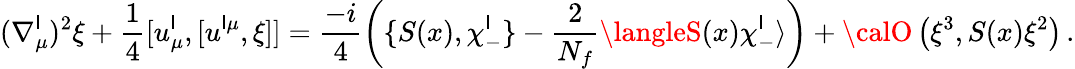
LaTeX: (\nabla_{\mu}^{\mathsf{l}})^{2}\xi+\frac{{1}}{{4}}[u_{\mu}^{\mathsf{l}},[u^{\mathsf{l}\mu},\xi]]=\frac{{-i}}{{4}}\left(\{ S(x),\chi_{-}^{\mathsf{l}}\} -\frac{{2}}{{N_{f}}}\langleS(x)\chi_{-}^{\mathsf{l}}\rangle\right)+{\calO}\left(\xi^{3},S(x)\xi^{2}\right)\, .